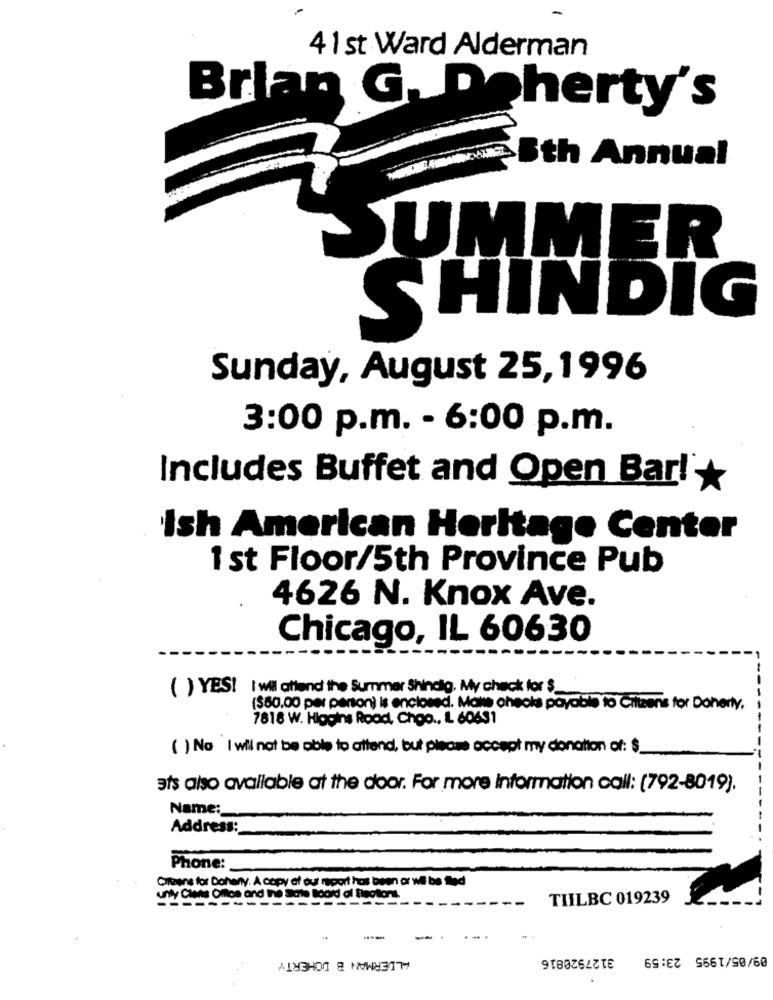
4 1 st Ward Alderman
Brian G. Doherty's
Sth Annual
SUMMER
SHINDIG
Sunday, August 25,1996
3:00 p.m. - 6:00 p.m.
Includes Buffet and Open Bar!
Ish American Heritage Center
1 st Floor/5th Province Pub
4626 N. Knox Ave.
Chicago, IL 60630
( ) YES! I wil attend the Summer Shindig. My check for $_
($60,00 per perton) is enclosed. Make checka payable to Cittaens for Doherty.
7818 W. Higgins Rood, Choo ., IL 60431
( ) No I will not be able to attend, but please accept my donation of: $
ats also available at the door. For more Information call: (792-8019).
Name:
Address:
Phone:
Citizens for Dohany. A copy of out raport has been or wil be fled
uny Cles Office and the State Board of Elections.
TILBC 019239
3127920816
09/05/1995 23:59
ALDERMAN B DOHERTY